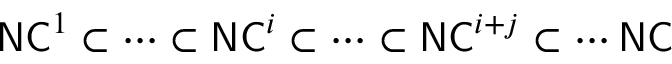
{ \mathsf { N C } } ^ { 1 } \subset \cdots \subset { \mathsf { N C } } ^ { i } \subset \cdots \subset { \mathsf { N C } } ^ { i + j } \subset \cdots { \mathsf { N C } }